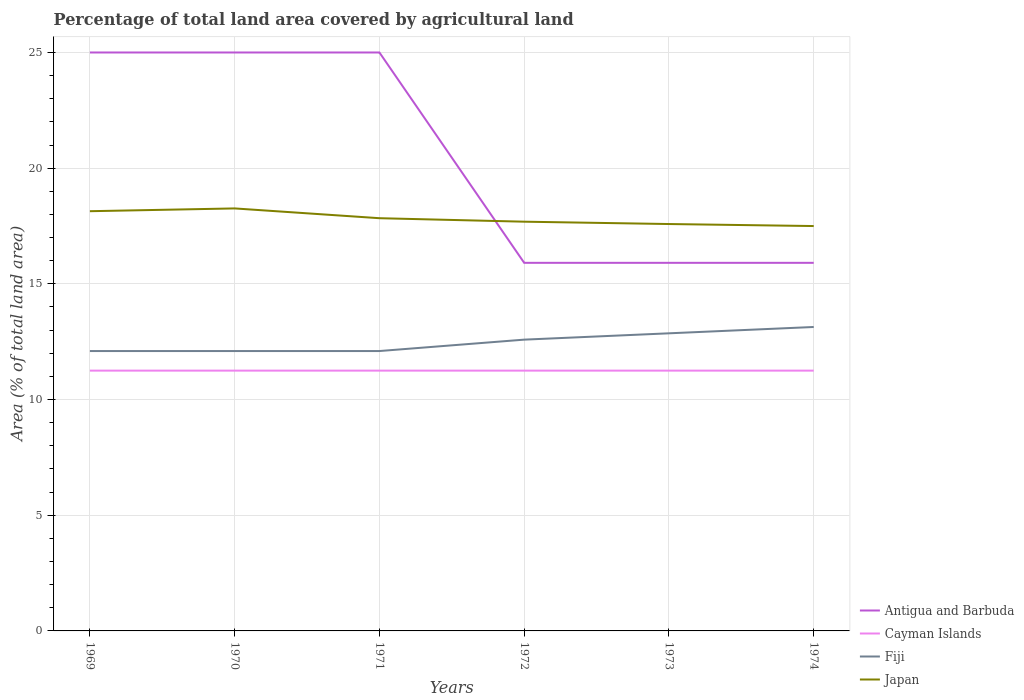
| Years | Antigua and Barbuda | Cayman Islands | Fiji | Japan |
 | --- | --- | --- | --- | --- |
 | 1969 | 25 | 11.2 | 12.1 | 18.1 |
 | 1970 | 25 | 11.2 | 12.1 | 18.3 |
 | 1971 | 25 | 11.2 | 12.1 | 17.8 |
 | 1972 | 15.9 | 11.2 | 12.6 | 17.7 |
 | 1973 | 15.9 | 11.2 | 12.9 | 17.6 |
 | 1974 | 15.9 | 11.2 | 13.1 | 17.5 |